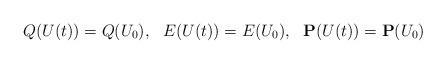
LaTeX: \begin{align*}Q(U(t))=Q(U_0),\ \ E(U(t))=E(U_0),\ \ \mathbf{P}(U(t))=\mathbf{P}(U_0)\end{align*}